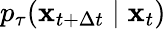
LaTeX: p_{\tau}(\mathbf{x}_{t+\Delta t}\mid\mathbf{x}_{t})